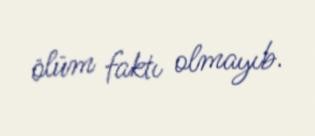
ölüm faktı olmayıb.